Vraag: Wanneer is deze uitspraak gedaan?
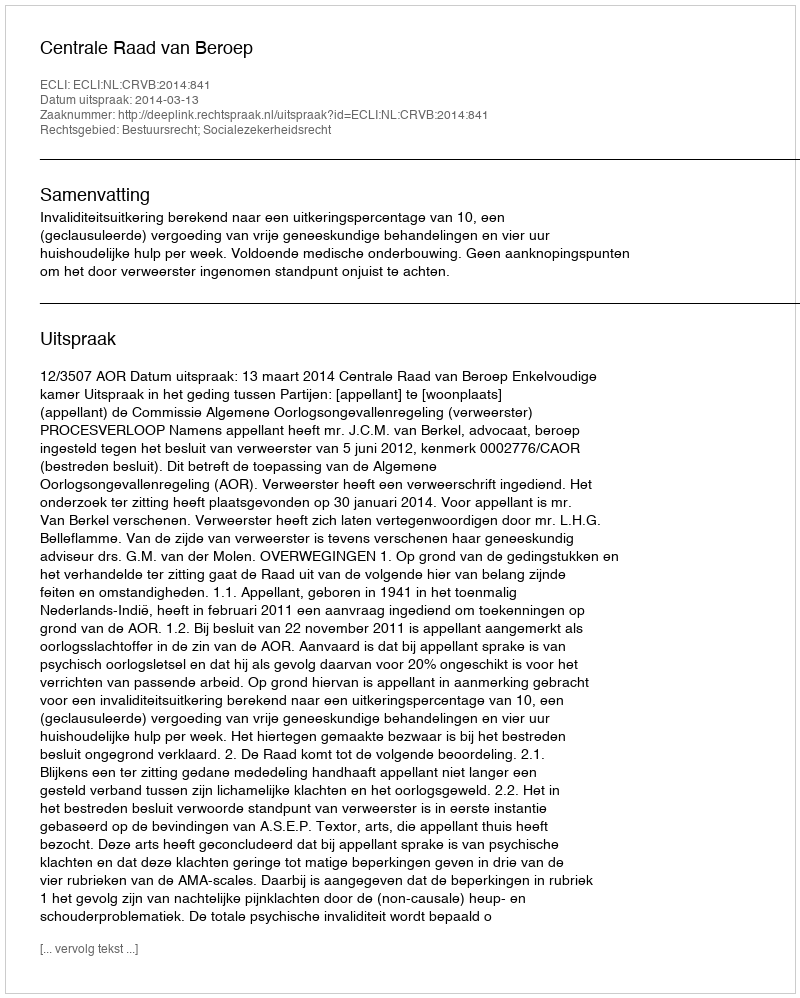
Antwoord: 2014-03-13